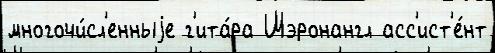
многочи́сл'енныjе г'ита́ра Шэронангл асс'ист'е́нт